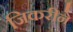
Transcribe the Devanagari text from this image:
जिकरीने